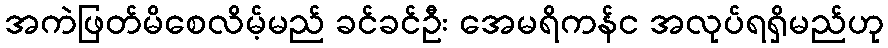
အကဲဖြတ်မိစေလိမ့်မည် ခင်ခင်ဦး အေမရိကန်င အလုပ်ရရှိမည်ဟု